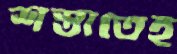
শস্তাতেই